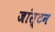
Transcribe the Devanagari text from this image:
जांस्टन